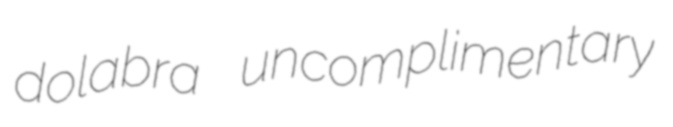
dolabra uncomplimentary